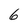
Character: 6